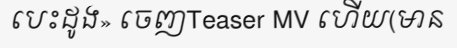
បេះដូង» ចេញTeaser MV ហើយ(មាន